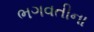
ભગવતીના